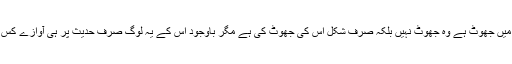
جو واقعہ میں جھوٹ ہے وہ جھوٹ نہیں بلکہ صرف شکل اس کی جھوٹ کی ہے مگر باوجود اس کے یہ لوگ صرف حدیث پر ہی آوازے کس رہے ہیں۔